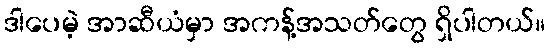
ဒါပေမဲ့ အာဆီယံမှာ အကန့်အသတ်တွေ ရှိပါတယ်။